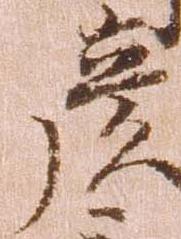
彦